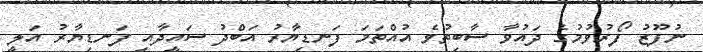
ނުފޫޒު ފޯރުވުމުގެ ދައުވާ ސާބިތުވެ އުއްތަމަ ފަނޑިޔާރު އަބްދު ސައީދާއި ފަނޑިޔާރު އަލީ